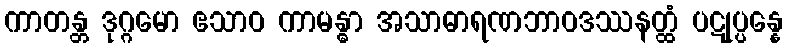
ကာတန္တ ဒုဂ္ဂမော ဧသာဝ ကာမန္ဓာ အသာဓာရဏဘာဝဒဿနတ္ထံ ပဋုပ္ပန္နေ